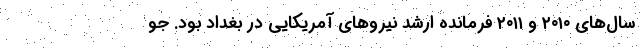
سال‌های ۲۰۱۰ و ۲۰۱۱ فرمانده ارشد نیروهای آمریکایی در بغداد بود. جو